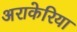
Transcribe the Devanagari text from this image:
अराकेरिया